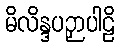
မိလိန္ဒပဉှာပါဠိ